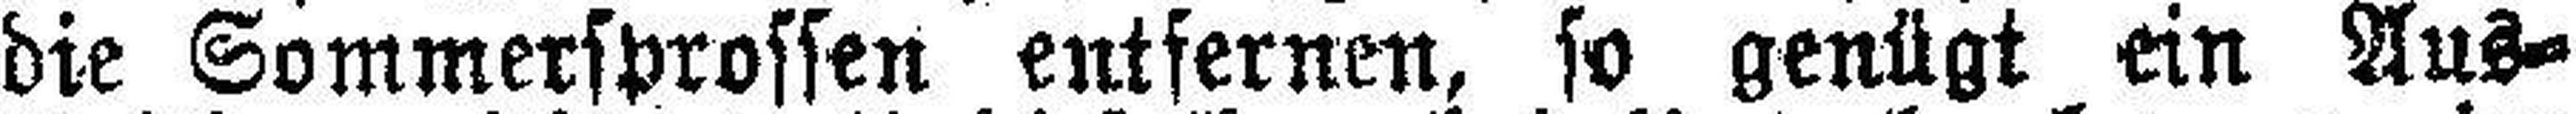
die Sommersprossen entfernen, so genügt ein Aus¬